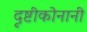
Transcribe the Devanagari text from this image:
दृष्टीकोनानी